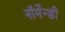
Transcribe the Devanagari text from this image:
नॉर्मेन्डी